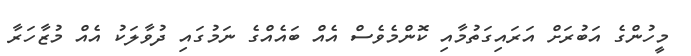
މީހުންގެ އަބުރަށް އަރައިގަތުމާއި ކޮންމެވެސް އެއް ބައެއްގެ ނަމުގައި ދުވާލަކު އެއް މުޒާހަރާ